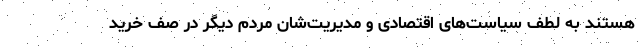
هستند به لطف سیاست‌های اقتصادی و مدیریت‌شان مردم دیگر در صف خرید